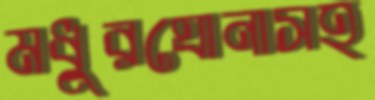
মধুরঘোনাসহ